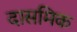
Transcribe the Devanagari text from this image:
दासमिक